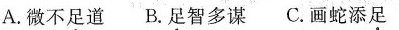
A.微不足道 B.足智多谋 C.画蛇添足